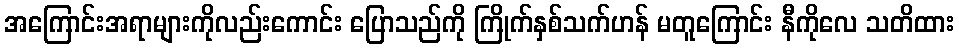
အကြောင်းအရာများကိုလည်းကောင်း ပြောသည်ကို ကြိုက်နှစ်သက်ဟန် မတူကြောင်း နီကိုလေ သတိထား